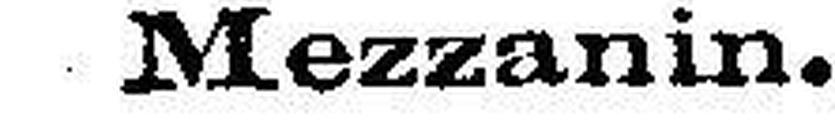
Mezzanin.